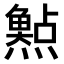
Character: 𤑰